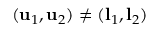
( \mathbf { u } _ { 1 } , \mathbf { u } _ { 2 } ) \neq ( \mathbf { l } _ { 1 } , \mathbf { l } _ { 2 } )